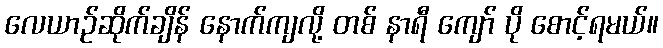
လေယာဉ်ဆိုက်ချိန် နောက်ကျလို့ တစ် နာရီ ကျော် ပို စောင့်ရမယ်။